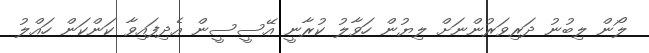
ލޯން ލިބުނު ދަރިވަރުންނަށް ލިޔުން ހަވާލު ކުރާނީ އޭސީސީން އެދިފައިވާ ކަންކަން ހައްލު